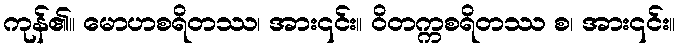
ကုန်၏။ မောဟစရိတဿ၊ အား၎င်း။ ဝိတက္ကစရိတဿ စ၊ အား၎င်း။